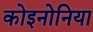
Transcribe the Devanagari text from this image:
कोइनोनिया